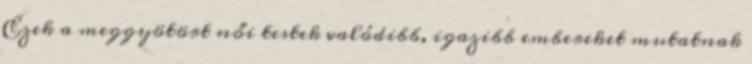
Ezek a meggyötört női testek valódibb, igazibb embereket mutatnak